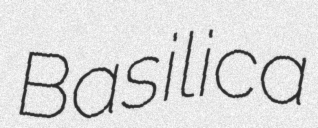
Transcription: Basilica